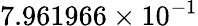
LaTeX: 7.961966\times 10^{-1}